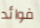
فوائد